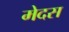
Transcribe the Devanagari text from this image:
मेदस